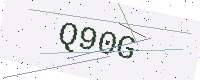
Text: Q90G